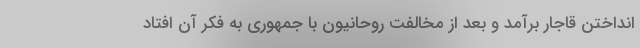
انداختن قاجار برآمد و بعد از مخالفت روحانیون با جمهوری به فکر آن افتاد